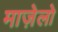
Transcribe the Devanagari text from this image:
माज़ेलो